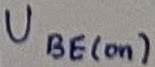
Text: UBE(on)